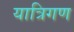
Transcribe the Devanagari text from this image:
यात्रिगण